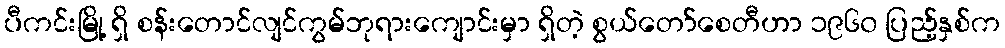
ပီကင်းမြို့ ရှိ စန်းတောင်လျင်ကွမ်ဘုရားကျောင်းမှာ ရှိတဲ့ စွယ်တော်စေတီဟာ ၁၉၆၀ ပြည့်နှစ်က